Civil Veterinary Dept. Bombay admin report 1932-41 - 1932-1941
Year: 1932
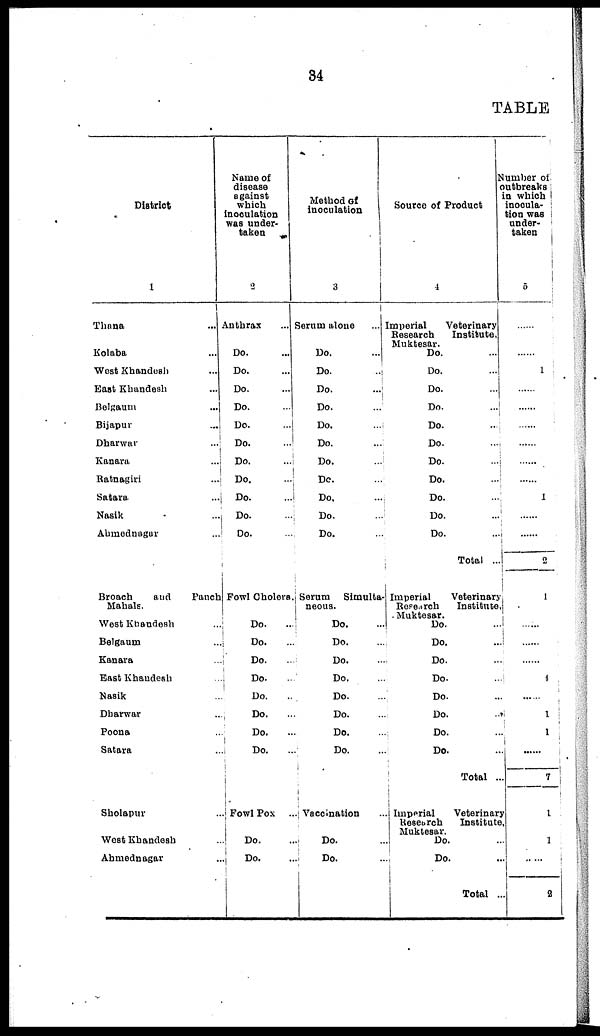
34
TABLE
District
1
Thana ...
Kolaba ...
West Khandesh ...
East Khandesh ...
Belgaum
...
Bijapur ...
Dharwar ...
Kanara ...
Ratnagiri ...
Satara ...
Nasik ...
Ahmednager ...
Broach
and
Panch
Mahals.
West Khandesh ...
Belgaum ...
Kanara ...
East Khandesh ...
Nasik ...
Dharwar ...
Poona ...
Satara ...
Sholapur ...
West Khandesh ...
Ahmednagar ...
Name of
disease
against
which
inoculation
was under-
taken
2
Anthrax ...
Do. ...
Do. ...
Do. ...
Do. ...
Do. ...
Do. ...
Do. ...
Do. ...
Do. ...
Do. ...
Do. ...
Fowl Cholers.
Do. ...
Do. ...
Do. ...
Do. ...
Do. ...
Do. ...
Do.
...
Do. ...
Fowl Pox ...
Do. ...
Do. ...
Method of
inoculation
3
Serum alone
...
Do. ...
Do. ...
Do.
...
Do. ...
Do. ...
Do. ...
Do. ...
Do. ...
Do. ...
Do. ...
Do. ...
Serum Simulta-
neous.
Do. ...
Do. ...
Do. ...
Do. ...
Do. ...
Do. ...
Do. ...
Do. ...
Vaccination ...
Do. ...
Do. ...
Source of Product
4
Imperial Veterinary
Research
Institute,
Muktesar. Do. ...
Do. ...
Do. ...
Do.
...
Do. ...
Do. ...
Do.
...
Do. ...
Do. ...
Do. ...
Do. ...
Total ...
Imperial
Veterinary
Research
Institute,
Muktesar. Do. ...
Do. ...
Do. ...
Do. ...
Do. ...
Do.
...
Do. ...
Do. ...
Total ...
Imperial
Veterinary
Research Institute,
Muktesar. Do. ...
Do. ...
Total ...
Number of
outbreaks
in which
inocula-
tion was
under-
taken
5
......
......
1
......
......
......
......
......
......
1
......
......
2
1
......
......
......
4
......
1
1
......
7
1
1
.. ...
2